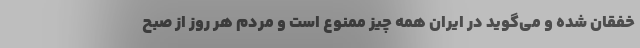
خفقان شده و می‌گوید در ایران همه چیز ممنوع است و مردم هر روز از صبح